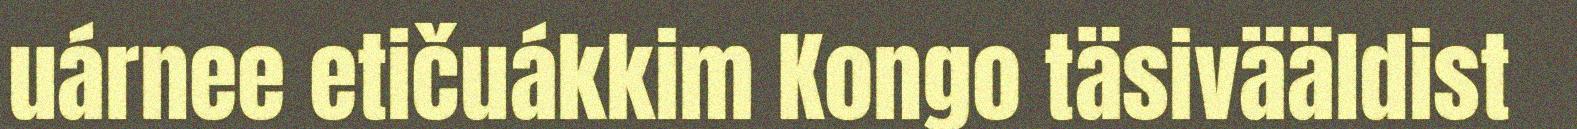
uárnee etičuákkim Kongo täsivääldist